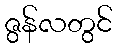
ဇွန်လတွင်